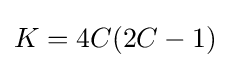
K=4C(2C-1)